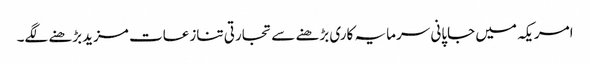
امریکہ میں جاپانی سرمایہ کاری بڑھنے سے تجارتی تنازعات مزیدبڑھنے لگے۔